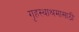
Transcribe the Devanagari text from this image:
गृहस्थाश्रमासाठी